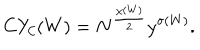
C Y _ { \cal C } ( W ) = N ^ { \frac { \chi ( W ) } { 2 } } y ^ { \sigma ( W ) } .